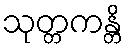
သုတ္တကန္တိ